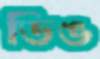
ডিঙ